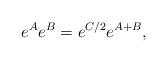
LaTeX: \begin{align*}e^A e^B = e^{C/2} e^{A+B},\end{align*}